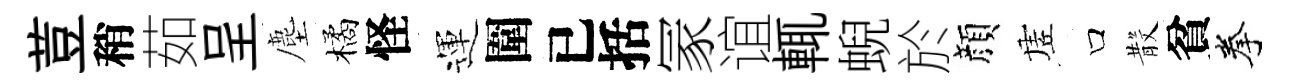
荳稍茹呈塵橘怪運圍已括冡谊輒蜺於顔虗口𣪚貧拳